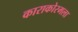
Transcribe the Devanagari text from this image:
काराकोरमला